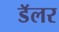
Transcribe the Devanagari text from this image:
डॅलर